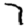
Digit: 7